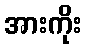
အားကိုး